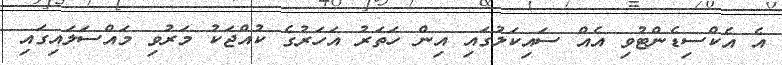
އެ އެކްސިޑެންޓުވި އެއް ސައިކަލުގައި އިން ހަތަރު އަހަރުގެ ކުއްޖަކު މަރުވި މައްސަލައިގައި